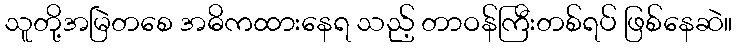
သူတို့အမြဲတစေ အဓိကထားနေရ သည့် တာဝန်ကြီးတစ်ရပ် ဖြစ်နေဆဲ။